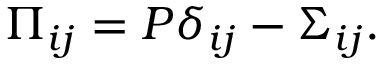
\Pi _ { i j } = P \delta _ { i j } - \Sigma _ { i j } .